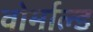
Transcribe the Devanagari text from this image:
वोर्माल्ड